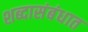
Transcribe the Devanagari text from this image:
शब्दासंबंधात